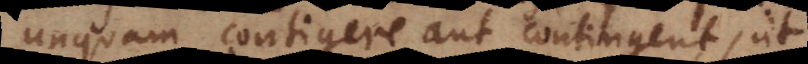
unquam contigere aut contingent, ut